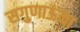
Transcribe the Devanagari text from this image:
सगुणाऊंना